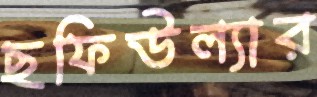
ছফিউল্যার